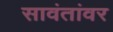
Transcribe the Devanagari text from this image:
सावंतांवर